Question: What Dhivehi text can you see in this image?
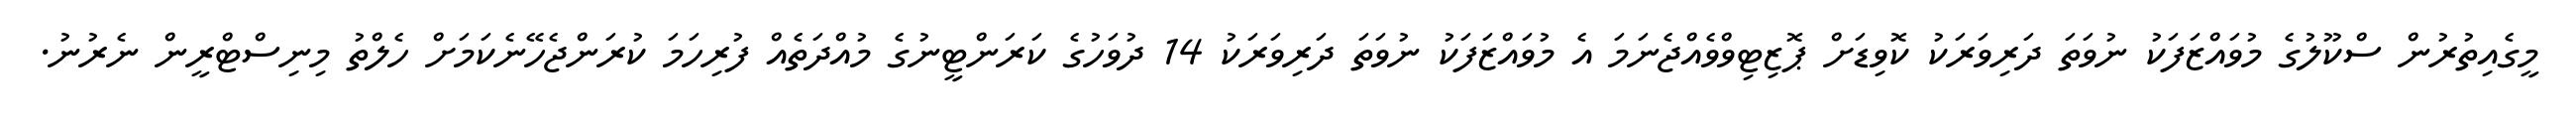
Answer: މީގެއިތުރުން ސްކޫލުގެ މުވައްޒަފަކު ނުވަތަ ދަރިވަރަކު ކޮވިޑަށް ޕޮޒިޓިވްވެއްޖެނަމަ އެ މުވައްޒަފަކު ނުވަތަ ދަރިވަރަކު 14 ދުވަހުގެ ކަރަންޓީނުގެ މުއްދަތެއް ފުރިހަމަ ކުރަންޖެހޭނެކަމަށް ހެލްތު މިނިސްޓްރީން ނެރުނު.